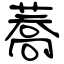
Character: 蕎